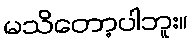
မသိတော့ပါဘူး။